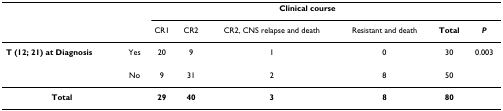
|  |  | <COLSPAN=5> Clinical course |  |
 |  |  | CR1 | CR2 | CR2, CNS relapse and death | Resistant and death | Total | P |
 | --- | --- | --- | --- | --- | --- | --- | --- |
 | T (12; 21) at Diagnosis | Yes | 20 | 9 | 1 | 0 | 30 | 0.003 |
 |  | No | 9 | 31 | 2 | 8 | 50 |  |
 | Total |  | 29 | 40 | 3 | 8 | 80 |  |